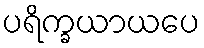
ပရိက္ခယာယပေ